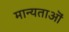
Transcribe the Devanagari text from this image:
मान्यताऒं